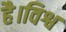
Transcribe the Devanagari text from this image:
है।विश्व